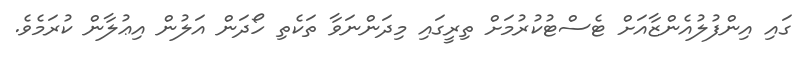
ގައި އިންފުލުއެންޒާއަށް ޓެސްޓުކުރުމަށް ތިރީގައި މިދަންނަވާ ތަކެތި ހޯދަން އަލުން އިޢުލާން ކުރަމެވެ.